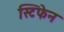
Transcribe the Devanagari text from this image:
स्टिफेन